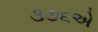
૩૭૬એ